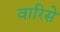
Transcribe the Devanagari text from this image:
वारिसे